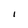
Character: I